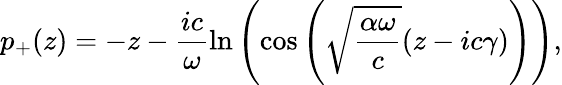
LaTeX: p_{+}(z)=-z-\frac{ic}{\omega}\ln\left(\cos\left(\sqrt{\frac{\alpha\omega}{c}}(z-ic\gamma)\right)\right),